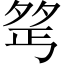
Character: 𪤺